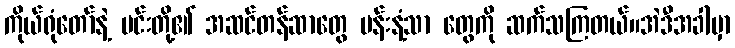
ကိုယ်ရုံတော်နဲ့ မင်းတို့၏ အဆင်တန်ဆာတွေ ပန်းနံ့သာ တွေကို ဆက်သကြတယ်။အဲဒီအခါမှာ